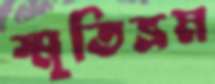
স্মৃতিভ্রম